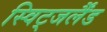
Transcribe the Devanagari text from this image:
स्विट्जर्लैंड